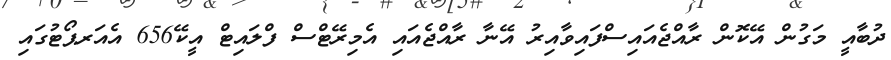
ދުބާއީ މަގުން އޭކޮން ރާއްޖެއައިސްފައިވާއިރު އޭނާ ރާއްޖެއައި އެމިރޭޓްސް ފްލައިޓް އީކޭ656 އެއަރޕޯޓުގައި